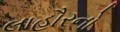
લાહૌરનો